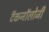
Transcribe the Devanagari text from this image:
टॅकनॉलोजी